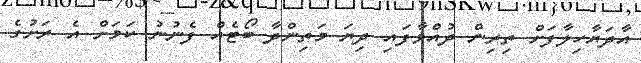
އާދަޔާހިލާފަށް ތިރިން ދުއްވާފައި ދިޔަ މަތިންދާ ބޯޓެއް ފެނުނު ކަމަށް އެ ރަށުގެ